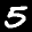
Label: 5